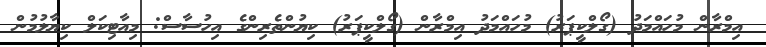
އިމްރާން މުހައްމަދު (ގޯލްކީޕަރު) މުހައްމަދު އިމްރާން (ގޯލްކީޕަރު) ކިޔުންތެރިންގެ އިހުސާސް: މިއާޓިކަލް ކިޔާލުމުން